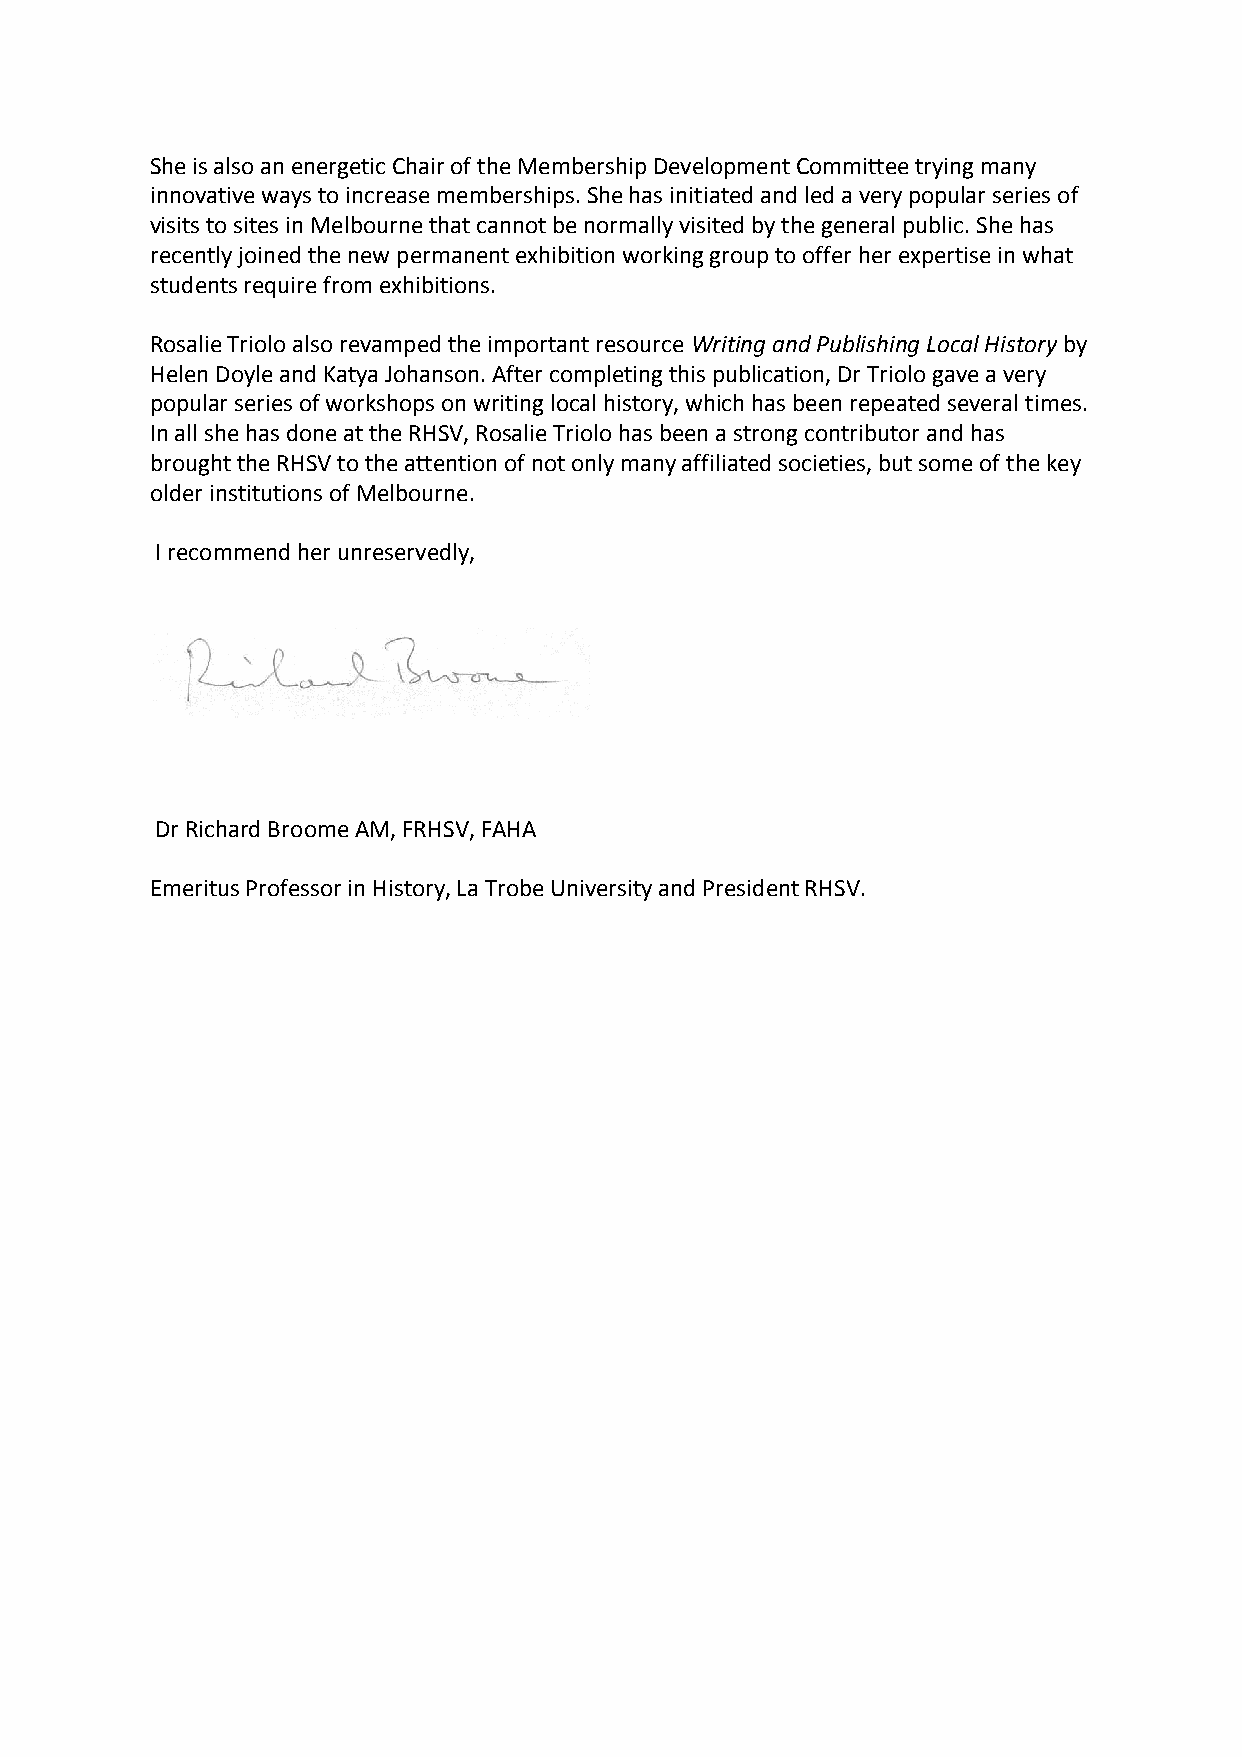
She is also an energetic Chair of the Membership Development Committee trying many
 innovative ways to increase memberships. She has initiated and led a very popular series of
 visits to sites in Melbourne that cannot be normally visited by the general public. She has
 recently joined the new permanent exhibition working group to offer her expertise in what
 students require from exhibitions.
 Rosalie Triolo also revamped the important resource Writing and Publishing Local History by
 ​                       ​
 Helen Doyle and Katya Johanson. After completing this publication, Dr Triolo gave a very
 popular series of workshops on writing local history, which has been repeated several times.
 In all she has done at the RHSV, Rosalie Triolo has been a strong contributor and has
 brought the RHSV to the attention of not only many affiliated societies, but some of the key
 older institutions of Melbourne.
 I recommend her unreservedly,
 Dr Richard Broome AM, FRHSV, FAHA
 Emeritus Professor in History, La Trobe University and President RHSV.